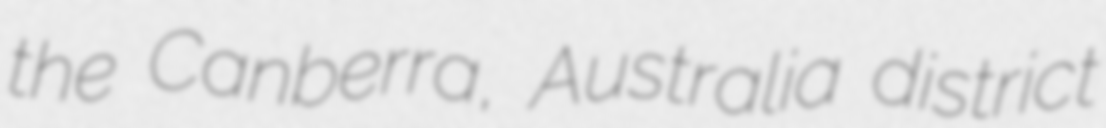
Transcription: the Canberra, Australia district